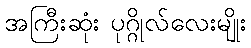
အကြီးဆုံး ပုဂ္ဂိုလ်လေးမျိုး